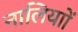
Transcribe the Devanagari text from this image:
नालियाों